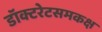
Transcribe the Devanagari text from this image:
डॉक्टरेटसमकक्ष